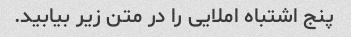
پنج اشتباه املایی را در متن زیر بیابید.